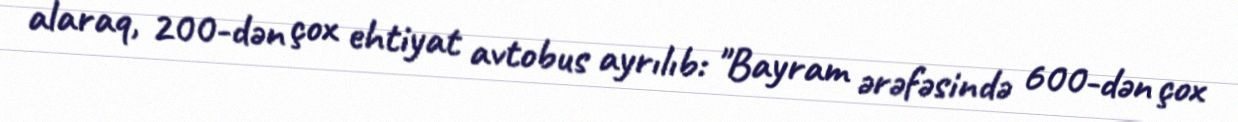
alaraq, 200-dən çox ehtiyat avtobus ayrılıb: "Bayram ərəfəsində 600-dən çox